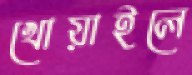
খোয়াইলে